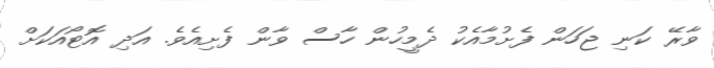
ވާރޭ ކަނި ޖަހަން ފެށުމާއެކު ދެމީހުން ހާސް ވާން ފެށިއެވެ. އަދި އޮޓޯއަކަށް